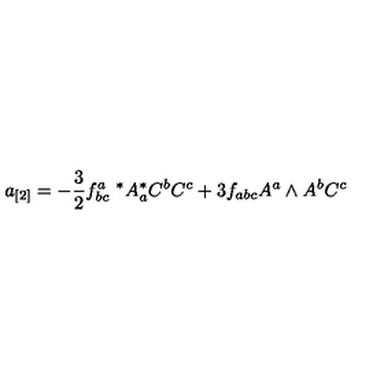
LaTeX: a _ { [ 2 ] } = - { \frac { 3 } { 2 } } f _ { b c } ^ { a } \ ^ { * } A _ { a } ^ { * } C ^ { b } C ^ { c } + 3 f _ { a b c } A ^ { a } \wedge A ^ { b } C ^ { c }